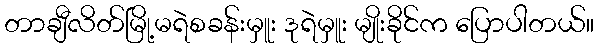
တာချီလိတ်မြို့မရဲစခန်းမှူး ဒုရဲမှူး မျိုးခိုင်က ပြောပါတယ်။